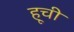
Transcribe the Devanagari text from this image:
हूची